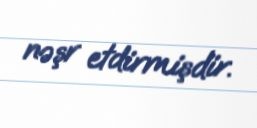
nəşr etdirmişdir.